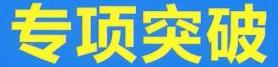
专项突破